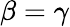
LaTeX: \beta=\gamma